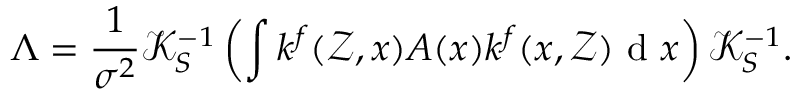
\Lambda = \frac { 1 } { \sigma ^ { 2 } } \mathcal { K } _ { S } ^ { - 1 } \left( \int k ^ { f } ( \mathcal { Z } , x ) A ( x ) k ^ { f } ( x , \mathcal { Z } ) \mathrm { ~ d ~ } x \right) \mathcal { K } _ { S } ^ { - 1 } .